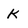
Character: k